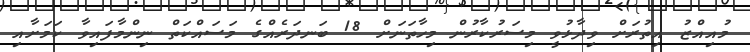
މުއިއްޒު އިތުރަށް ވިދާޅުވީ މިސަރުކާރުން މިހާތަނަށް 18 ބަނދަރެއްގެ މަސައްކަތް ނިންމާފައިވާ ކަމަށާއި